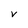
Character: V